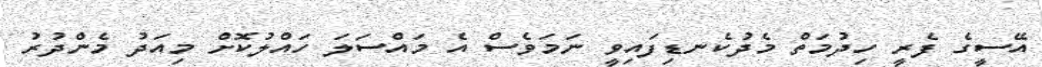
އޭސީގެ ފެރީ ހިދުމަތް މެދުކެނޑިފައިވީ ނަމަވެސް އެ މައްސަލަ ހައްލުކޮށް މިއަދު މެންދުރު